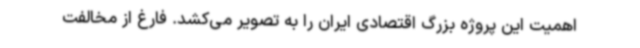
اهمیت این پروژه بزرگ اقتصادی ایران را به تصویر می‌کشد. فارغ از مخالفت